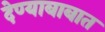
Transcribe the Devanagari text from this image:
देण्याबाबात